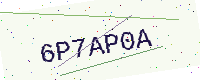
Text: 6P7AP0A